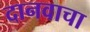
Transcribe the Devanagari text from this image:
दानवाचा